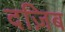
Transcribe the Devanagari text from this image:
दज़िब